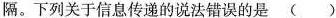
隔。下列关于信息传递的说法错误的是 ( )